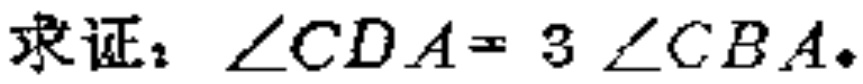
求证：$\angle CDA = 3\angle CBA$。